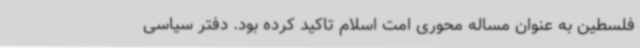
فلسطین به عنوان مساله‌ محوری امت اسلام تاکید کرده بود. دفتر سیاسی